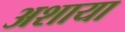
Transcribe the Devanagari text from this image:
अशाया